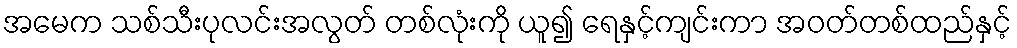
အမေက သစ်သီးပုလင်းအလွတ် တစ်လုံးကို ယူ၍ ရေနှင့်ကျင်းကာ အဝတ်တစ်ထည်နှင့်